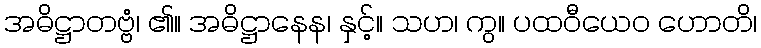
အဓိဋ္ဌာတဗ္ဗံ၊ ၏။ အဓိဋ္ဌာနေန၊ နှင့်။ သဟ၊ ကွ။ ပထဝီယေဝ ဟောတိ၊